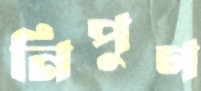
নিপুণ